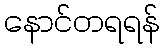
နောင်တရရန်